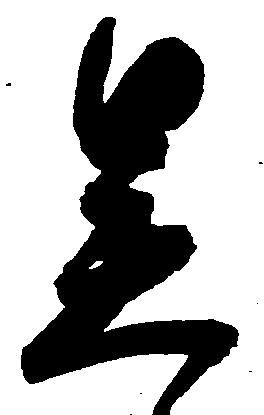
呉